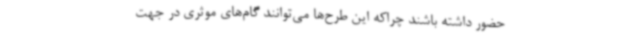
حضور داشته باشند چراکه این طرح‌ها می‌توانند گام‌های موثری در جهت